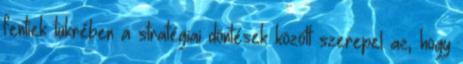
fentiek tükrében a stratégiai döntések között szerepel az, hogy